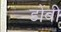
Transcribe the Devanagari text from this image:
डोंबी